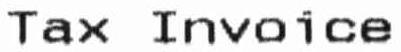
TAX INVOICE